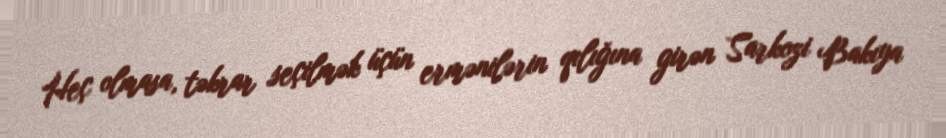
Heç olmasa, təkrar seçilmək üçün ermənilərin qılığına girən Sarkozi Bakıya